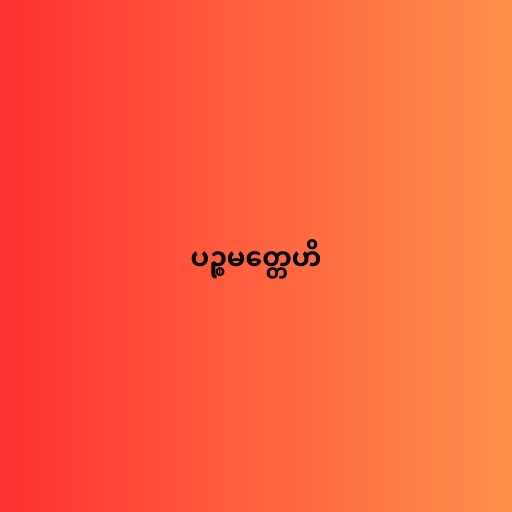
ပဉ္စမတ္တေဟိ